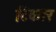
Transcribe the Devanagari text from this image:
टिकार